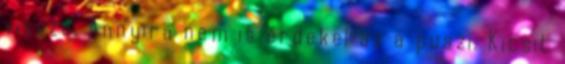
vissza. Annyira nem is érdekel az a puszi. Kicsit